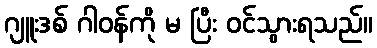
ဂျူးဒစ် ဂါဝန်ကို မ ပြီး ဝင်သွားရသည်။